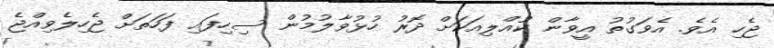
ޖެހި އެވެ. އެވަގުތު އީވާން ކުއްލިއަކަށް ދޮރު ހުޅުވާލުމުން ސިހިފައި ފަހަތަށް ޖެހިލެވިއްޖެ